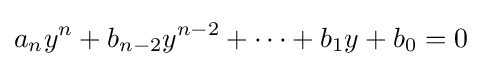
a_{n}y^{n}+b_{n-2}y^{n-2}+\dots +b_{1}y+b_{0}=0